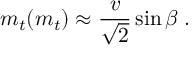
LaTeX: m _ { t } ( m _ { t } ) \approx { \frac { v } { \sqrt { 2 } } } \sin \beta \; .